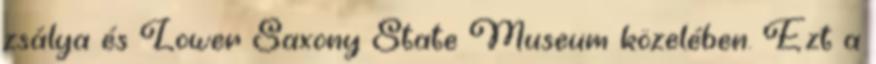
zsálya és Lower Saxony State Museum közelében. Ezt a